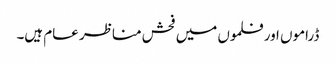
ڈراموں اور فلموں میں فحش مناظر عام ہیں۔